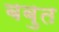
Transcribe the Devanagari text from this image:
बबुत